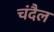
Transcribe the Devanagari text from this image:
चंदैल